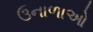
ઉનાળાઓ